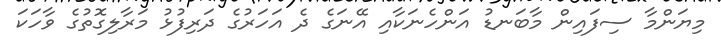
މިޔަންމާ ސިފައިން މާބަނޑު އަންހެނަކާއި އޭނަގެ ދެ އަހަރުގެ ދަރިފުޅު މަރާލިގޮތުގެ ވާހަކަ